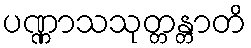
ပဏ္ဏာသသုတ္တန္တာတိ